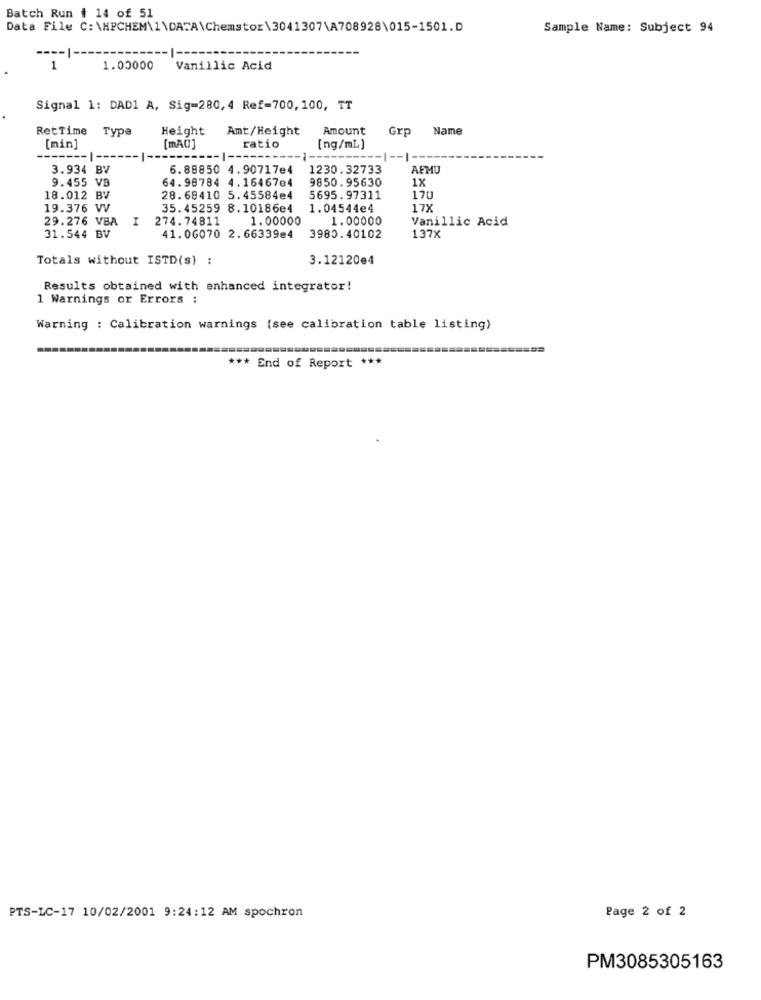
Batch Run # 14 of 51
Data File C: \HPCHEM\1\DATA\Chemstor\3041307\A708928\015-1501.D
Sample Name: Subject 94
1
1.00000
Vanillic Acid
Signal 1: DAD1 A, Sig=280, 4 Ref=700, 100, TT
RetTime Type
Height
Amt/Height
Amount
Grp
Name
[min]
[mA0]
ratio
[ng/mL]
-1 -- I
3.934 BV
6.88850 4.90717e4
1230.32733
AFMU
9.455 VB
64.98784 4.16467e4
9850.95630
1X
18.012 BV
28.68410 5.45584e4
5695.97311
170
19.376 VV
35.45259 8.10186e4
1.04544e4
17X
29.276 VBA
274.74811
1.00000
1.00000
Vanillic Acid
31.544 BV
41.06070 2.66339e4
3980.40102
137X
Totals without ISTD(s) :
3.12120e4
Results obtained with enhanced integrator!
1 Warnings or Errors :
Warning : Calibration warnings (see calibration table listing)
*** End of Report ***
Page 2 of 2
PTS-LC-17 10/02/2001 9:24:12 AM spochron
PM3085305163